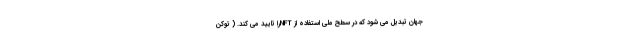
جهان تبدیل می شود که در سطح ملی استفاده از NFTرا تایید می کند. ( توکن